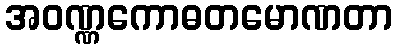
အဝဏ္ဏကောဓတမောဏတာ